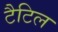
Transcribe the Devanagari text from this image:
टैटिल